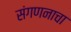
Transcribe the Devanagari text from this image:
संगणनाचा